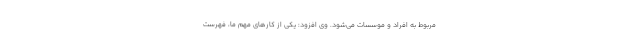
مربوط به افراد و موسسات می‌شود. وی افزود: یکی از کارهای مهم ما، فهرست